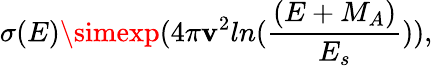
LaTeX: \sigma(E)\simexp(4\pi\mathbf{v}^{2}ln(\frac{{(E+M_{A})}}{{E_{s}}})),